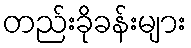
တည်းခိုခန်းများ